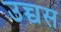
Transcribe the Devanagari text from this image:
उच्चस